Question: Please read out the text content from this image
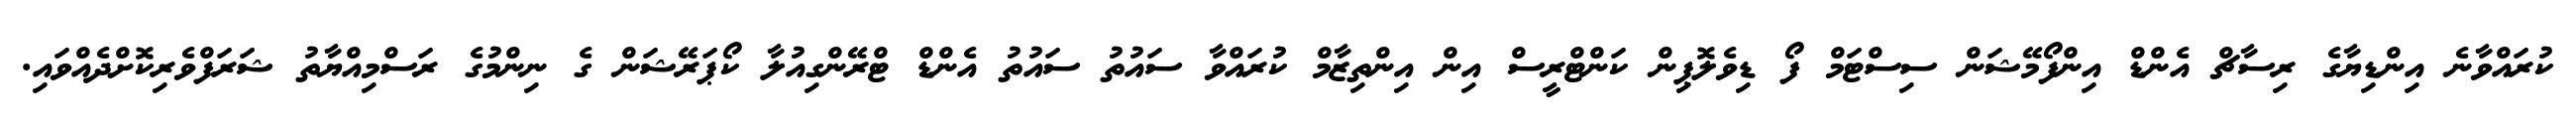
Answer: ކުރައްވާނެ އިންޑިޔާގެ ރިސާޗް އެންޑް އިންފޯމޭޝަން ސިސްޓަމް ފޯ ޑިވެލޮޕިން ކަންޓްރީސް އިން އިންތިޒާމް ކުރައްވާ ސައުތު ސައުތު އެންޑް ޓްރޭންގިއުލާ ކޯޕަރޭޝަން ގެ ނިންމުގެ ރަސްމިއްޔާތު ޝަރަފްވެރިކޮށްދެއްވައި.